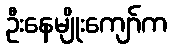
ဦးနေမျိုးကျော်က